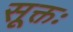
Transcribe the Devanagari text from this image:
सूक्तः